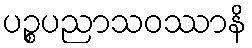
ပဉ္စပညာသဝဿာနိ